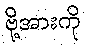
ဗို့အားကို